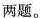
两题。